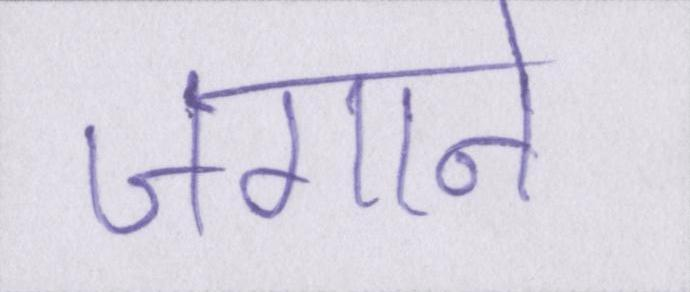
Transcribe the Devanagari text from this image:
जगाने